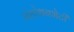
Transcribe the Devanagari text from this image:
संशोधनभेटी